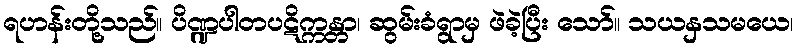
ရဟန်းတို့သည်။ ပိဏ္ဍပါတပဋိက္ကန္တာ၊ ဆွမ်းခံရွာမှ ဖဲခဲ့ပြီး သော်။ သယနှသမယေ၊